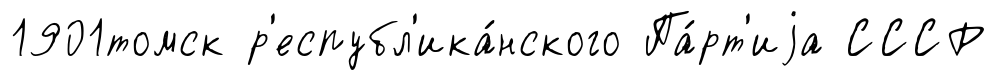
1901томск р'еспубл'ика́нского Па́рт'иjа СССР